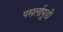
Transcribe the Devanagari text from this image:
पसर्लापुडी